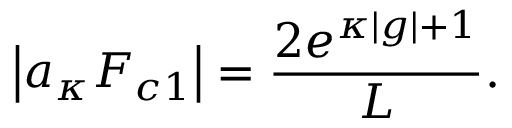
\left| a _ { \kappa } F _ { c 1 } \right| = \frac { 2 e ^ { \kappa | g | + 1 } } { L } .